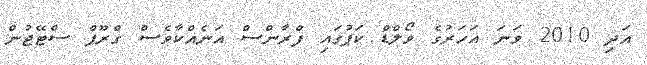
އަދި 2010 ވަނަ އަހަރުގެ ވޯލްޑް ކަޕުގައި ފްރާންސް އަނެއްކާވެސް ގްރޫޕް ސްޓޭޖުން